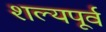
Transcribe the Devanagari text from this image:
शल्यपूर्व